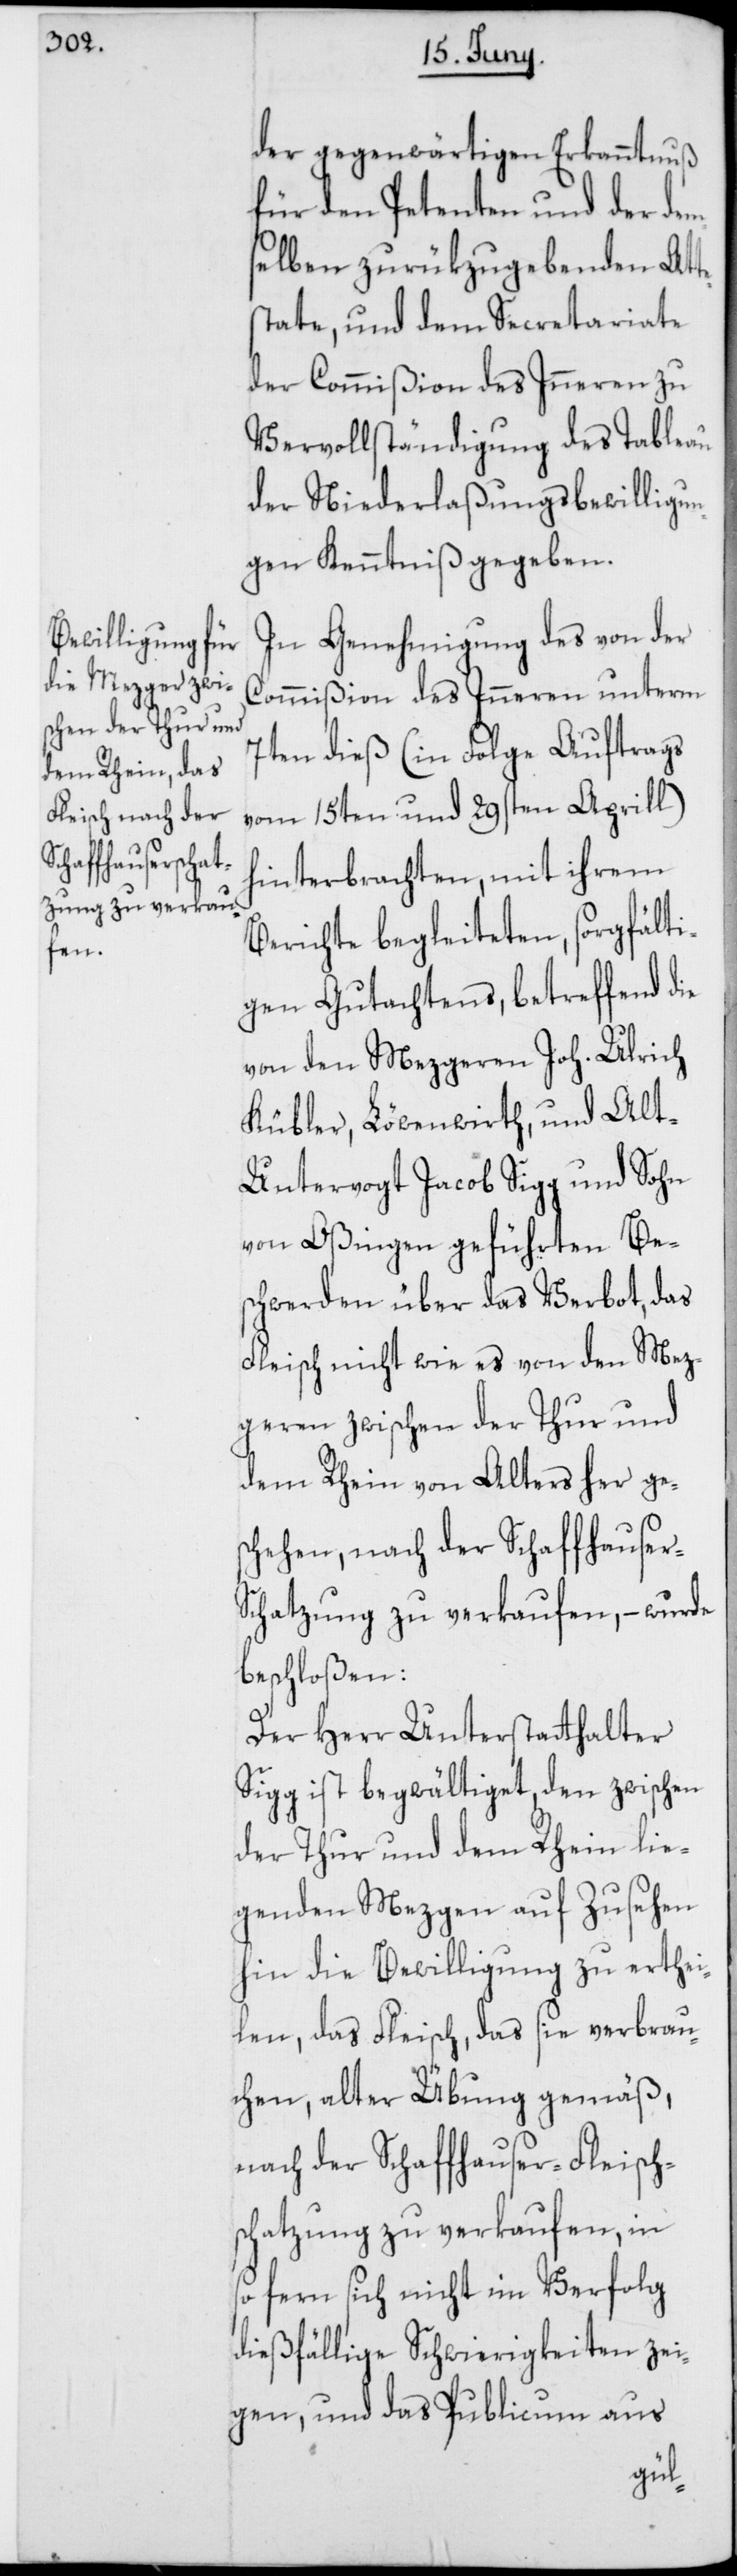
der gegenwärtigen Erkanntnuß
für den Petenten und der de¬
mselben zurükzugebenden Atte¬
state, und dem Secretariate
der Commißion des Inneren zu
Vervollständigung des Tableau
der Niederlaßungsbewilligun¬
gen Kenntniß gegeben.
In Genehmigung des von der
Commißion des Inneren unterm
7ten dieß (in Folge Auftrags
vom 15ten und 29sten Aprill)
hinterbrachten, mit ihrem
Berichte begleiteten, sorgfälti¬
gen Gutachtens, betreffend die
von den Mezgeren Joh. Ulrich
Kübler, Löwenwirth, und Al¬
t-Untervogt Jacob Sigg und Sohn
von Oßingen geführten Bes¬
chwerden über das Verbot, das
Fleisch nicht wie es von den Mez¬
geren zwischen der Thur und
dem Rhein von Alters her ge¬
schehen, nach der Schaffhause¬
chatzung zu verkaufen, – wurde
beschloßen:
Der Herr Unterstatthalter
Sigg ist begwältiget, den zwischen
der Thur und dem Rhein lie¬
genden Mezgen auf Zusehen
hin die Bewilligung zu erthei¬
len, das Fleisch, das sie verbrau¬
chen, alter Übung gemäß,
nach der Schaffhauser-Fleisch¬
schatzung zu verkaufen, in
so fern sich nicht im Verfolg
dießfällige Schwierigkeiten zei¬
gen, und das Publicum aus
r-S¬